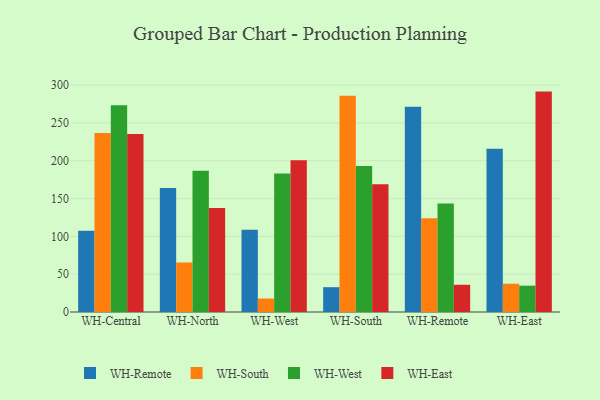
{"axis": {"x": "Warehouse", "y": "Headcount"}, "legend": ["WH-East", "WH-Remote", "WH-South", "WH-West"], "data": [{"x": "WH-Central", "y": 107.3, "type": "WH-Remote"}, {"x": "WH-Central", "y": 236.7, "type": "WH-South"}, {"x": "WH-Central", "y": 273.3, "type": "WH-West"}, {"x": "WH-Central", "y": 235.3, "type": "WH-East"}, {"x": "WH-North", "y": 164.1, "type": "WH-Remote"}, {"x": "WH-North", "y": 65.5, "type": "WH-South"}, {"x": "WH-North", "y": 186.8, "type": "WH-West"}, {"x": "WH-North", "y": 137.5, "type": "WH-East"}, {"x": "WH-West", "y": 108.8, "type": "WH-Remote"}, {"x": "WH-West", "y": 17.8, "type": "WH-South"}, {"x": "WH-West", "y": 183.1, "type": "WH-West"}, {"x": "WH-West", "y": 200.7, "type": "WH-East"}, {"x": "WH-South", "y": 32.8, "type": "WH-Remote"}, {"x": "WH-South", "y": 285.8, "type": "WH-South"}, {"x": "WH-South", "y": 192.9, "type": "WH-West"}, {"x": "WH-South", "y": 169.0, "type": "WH-East"}, {"x": "WH-Remote", "y": 271.5, "type": "WH-Remote"}, {"x": "WH-Remote", "y": 123.8, "type": "WH-South"}, {"x": "WH-Remote", "y": 143.3, "type": "WH-West"}, {"x": "WH-Remote", "y": 36.0, "type": "WH-East"}, {"x": "WH-East", "y": 216.0, "type": "WH-Remote"}, {"x": "WH-East", "y": 37.4, "type": "WH-South"}, {"x": "WH-East", "y": 34.8, "type": "WH-West"}, {"x": "WH-East", "y": 291.4, "type": "WH-East"}]}